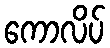
ကောလိပ်